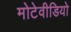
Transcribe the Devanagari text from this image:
मोटेवीडियो